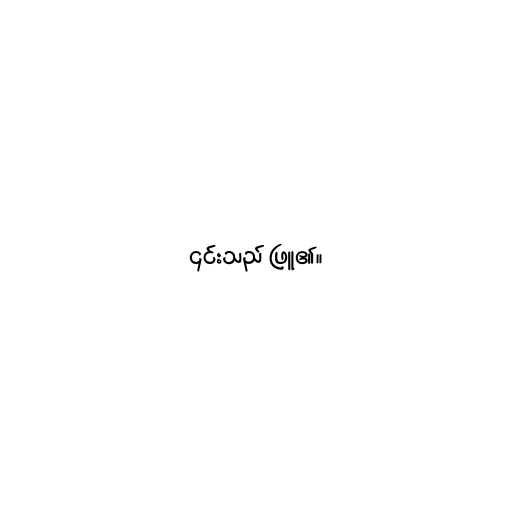
၎င်းသည် ဖြူ၏။